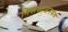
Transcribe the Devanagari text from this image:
निराशाजनकच